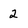
Character: 2